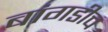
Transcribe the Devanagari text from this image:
बांगडीच